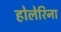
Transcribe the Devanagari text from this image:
होलेरिना